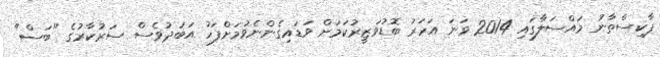
ޕާކިސްތާނު މައްސަލާގައި 2014 ވަނަ އަހަރު ބޮޑުވަޒީރުކަމަށް ވަޑައިގެންނެވުމަށްފަހު އަބަދުވެސް ސަރުކާރުގެ "ބަސް"